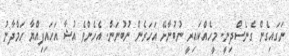
ނަގައިގެން ގެނެސްދިނީ. މީހެއްކައިރީ ނުބުނާށޭ އަހަރެން ނުބުނަން. އެހެންވެ އުޝާ އަހައިފިއްޔާ ހަމްދާނު